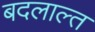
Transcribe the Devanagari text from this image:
बदलाल्त